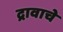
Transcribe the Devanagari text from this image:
द्रावाचे